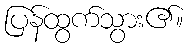
ပြန်ထွက်သွား၏။